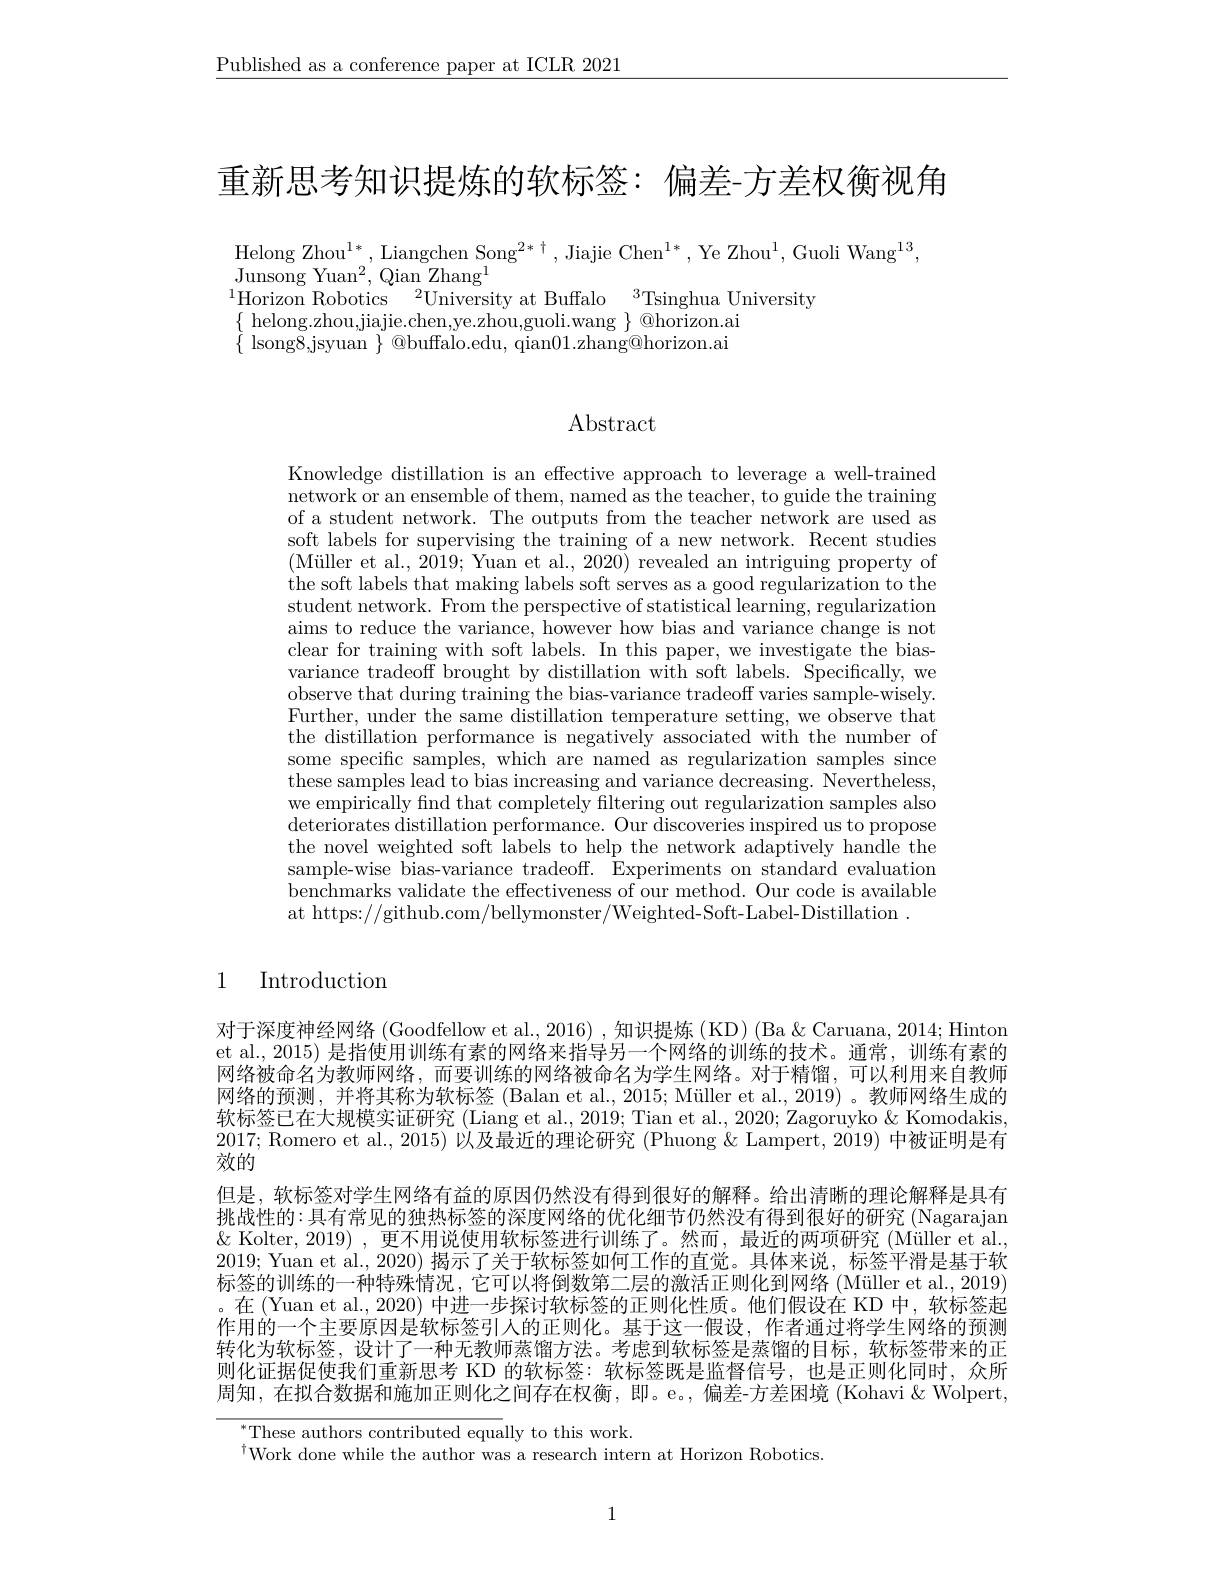
$\underline{\text{Published as a conference paper at ICLR 2021}}$

重新思考知识提炼的软标签：偏差-方差权衡视角

$\mathrm{Helong~Zhou}^{1*}$, Liangchen Song$^2*\dagger$, Jiajie Chen$^1*$, Ye Zhou$^1$,Guoli Wang$^13$,
Junsong Yuan$^2$,Qian Zhang$^1$
$^{1}\bar{\mathrm{Horizon~Robotics~}}^{2}\bar{\mathrm{University~at~Buffalo~}}^{3}$Tsinghua University
$\begin{array}{l}{\{\text{ helong.zhou,jiajie.chen,ye.zhou,guoli.wang }\}@horizon.ai}\\{\{\text{ lsong8,jsyuan }\}@buffalo.edu,~qian01.zhang@horizon.ai}\end{array}$

$\operatorname{Abstract}$

Knowledge distillation is an effective approach to leverage a well-trained network or an ensemble of them, named as the teacher, to guide the training of a student network. The outputs from the teacher network are used as soft labels for supervising the training of a new network. Recent studies (Müller et al., 2019; Yuan et al., 2020) revealed an intriguing property of the soft labels that making labels soft serves as a good regularization to the student network. From the perspective of statistical learning, regularization aims to reduce the variance, however how bias and variance change is not clear for training with soft labels. In this paper, we investigate the biasvariance tradeoff brought by distillation with soft labels. Specifically, we observe that during training the bias-variance tradeoff varies sample-wisely. Further, under the same distillation temperature setting, we observe that the distillation performance is negatively associated with the number of some specific samples, which are named as regularization samples since these samples lead to bias increasing and variance decreasing. Nevertheless, we empirically find that completely filtering out regularization samples also $\bar{\text{deteriorates distillation performance. Our }}\bar{\text{discoveries inspired us to propose}}$ the novel weighted soft labels to help the network adaptively handle the sample-wise bias-variance tradeoff. Experiments on standard evaluation benchmarks validate the effectiveness of our method. Our code is available at https://github.com/bellymonster/Weighted-Soft-Label-Distillation~.

# 1 Introduction

对于深度神经网络 (Goodfellow et al., 2016) , 知识提炼 (KD) (Ba & Caruana, 2014; Hinton et al., 2015) 是指使用训练有素的网络来指导另一个网络的训练的技术。通常，训练有素的网络被命名为教师网络，而要训练的网络被命名为学生网络。对于精馏，可以利用来自教师网络的预测，并将其称为软标签 (Balan et al., 2015; Müller et al., 2019) 。教师网络生成的软标签已在大规模实证研究 (Liang et al., 2019; Tian et al., 2020; Zagoruyko & Komodakis, 2017; Romero et al., 2015) 以及最近的理论研究 (Phuong & Lampert, 2019) 中被证明是有效的
但是，软标签对学生网络有益的原因仍然没有得到很好的解释。给出清晰的理论解释是具有挑战性的：具有常见的独热标签的深度网络的优化细节仍然没有得到很好的研究 (Nagarajan $\&$ Kolter, 2019) , 更不用说使用软标签进行训练了。然而，最近的两项研究 (Müller et al. 2019; Yuan et al., 2020) 揭示了关于软标签如何工作的直觉。具体来说，标签平滑是基于软标签的训练的一种特殊情况，它可以将倒数第二层的激活正则化到网络 (Müller et al., 2019) 。在(Yuan et al., 2020) 中进一步探讨软标签的正则化性质。他们假设在 KD 中，软标签起作用的一个主要原因是软标签引人的正则化。基于这一假设，作者通过将学生网络的预测转化为软标签，设计了一种无教师蒸馏方法。考虑到软标签是蒸馏的目标，软标签带来的正则化证据促使我们重新思考 KD 的软标签：软标签既是监督信号，也是正则化同时，众所周知，在拟合数据和施加正则化之间存在权衡，即。e。,偏差-方差困境 (Kohavi & Wolpert,

These authors contributed equally to this work.
$^{\dagger}$Work done while the author was a research intern at Horizon Robotics

1